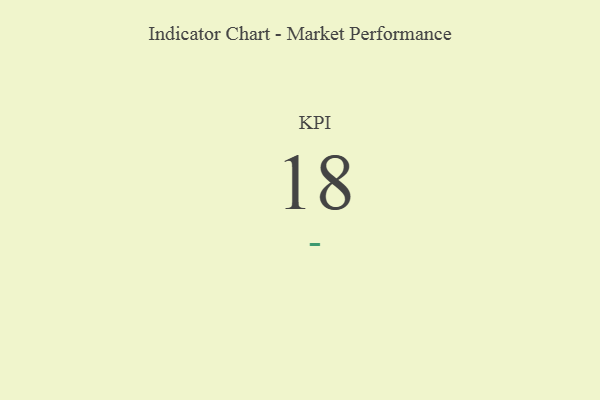
{"axis": {"x": "KPI", "y": "Value"}, "legend": [""], "data": [{"x": "KPI", "y": 18, "type": ""}]}